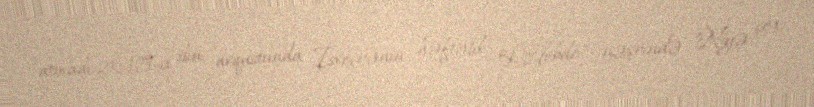
atmadı.2015-ci ilin avqustunda İsveçrənin həftəlik "L'Hebdo" nəşrində "Niyə çex